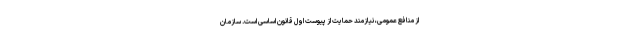
از منافع عمومی، نیازمند حمایت از پیوست اول قانون اساسی است. سازمان